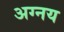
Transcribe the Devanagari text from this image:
अग्नय